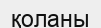
қоланы